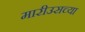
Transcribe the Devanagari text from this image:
मारीउसच्या